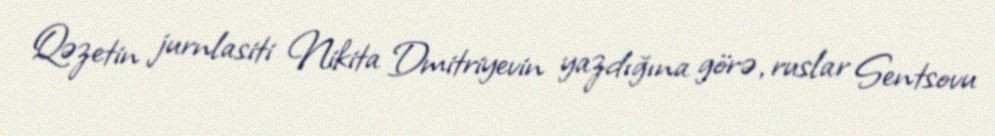
Qəzetin jurnlasiti Nikita Dmitriyevin yazdığına görə, ruslar Sentsovu